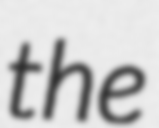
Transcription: the